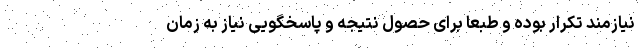
نیازمند تکرار بوده و طبعاَ برای حصول نتیجه و پاسخگویی نیاز به زمان